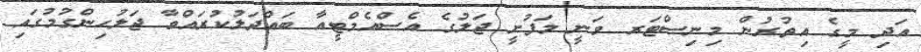
އަދި މީގެ އިތުރުން މިނިސްޓަރ ވަނީ މަފުށީ ޖަލުގެ އެސްއެމްޓީއާ ބައްދަލުކުރައްވާ ޖަލުހިންގުމުގައި